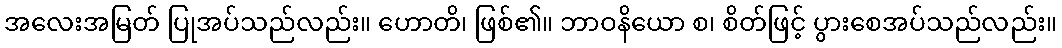
အလေးအမြတ် ပြုအပ်သည်လည်း။ ဟောတိ၊ ဖြစ်၏။ ဘာဝနိယော စ၊ စိတ်ဖြင့် ပွားစေအပ်သည်လည်း။